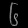
Digit: ၆